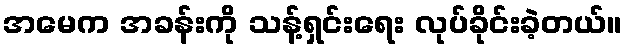
အမေက အခန်းကို သန့်ရှင်းရေး လုပ်ခိုင်းခဲ့တယ်။